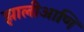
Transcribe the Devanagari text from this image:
झालीआणि